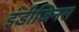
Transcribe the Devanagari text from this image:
इंडीजिनस